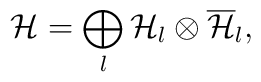
{\cal H} =\bigoplus_{l} {\cal H}_{l} \otimes \overline{\cal H}_{l},